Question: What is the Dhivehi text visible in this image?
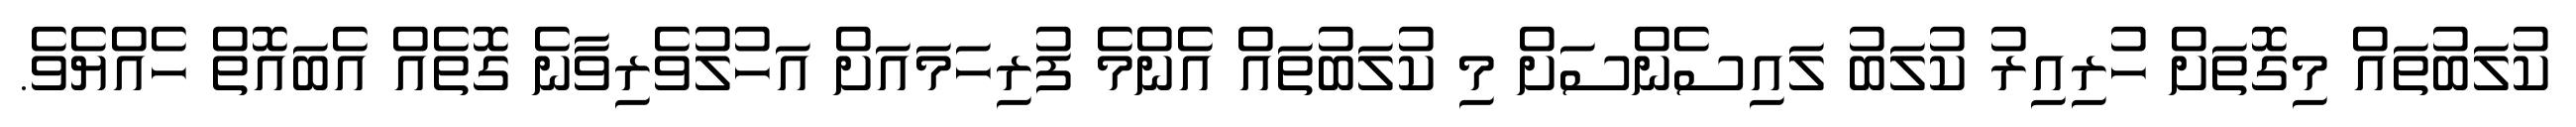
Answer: ކުލަބުތައް މިގޮތަށް ހުރިއިރު ކުލަބު ލައިސެންސަށް މި ކުލަބުތައް އެންމެ ފުރިހަމައަށް އަހުލުވެރިވާނެ ގޮތެއް އެބައޮތް ހެއްޔެވެ.